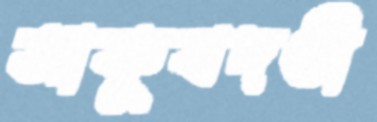
আকুবদণ্ডী